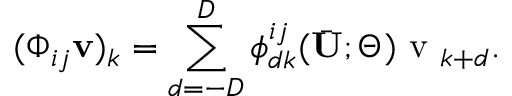
( \boldsymbol { \Phi } _ { i j } \mathbf { v } ) _ { k } = \sum _ { d = - D } ^ { D } \phi _ { d k } ^ { i j } ( \bar { \mathbf { U } } ; \boldsymbol { \Theta } ) \mathrm { ~ v ~ } _ { k + d } .